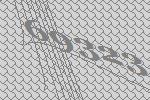
69323